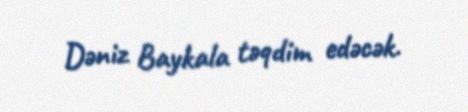
Dəniz Baykala təqdim edəcək.